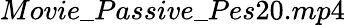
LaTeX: Movie\_ Passive\_ Pes20.mp4